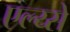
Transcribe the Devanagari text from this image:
एल्य्से